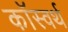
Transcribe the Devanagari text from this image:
कॉस्वर्थ